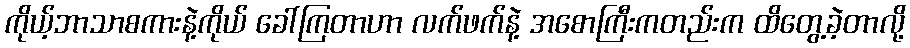
ကိုယ့်ဘာသာစကားနဲ့ကိုယ် ခေါ်ကြတာဟာ လက်ဖက်နဲ့ အစောကြီးကတည်းက ထိတွေ့ခဲ့တာလို့